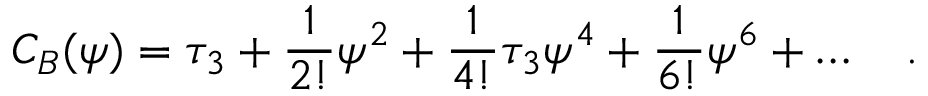
C _ { B } ( \psi ) = \tau _ { 3 } + { \frac { 1 } { 2 ! } } \psi ^ { 2 } + { \frac { 1 } { 4 ! } } \tau _ { 3 } \psi ^ { 4 } + { \frac { 1 } { 6 ! } } \psi ^ { 6 } + \ldots \quad .